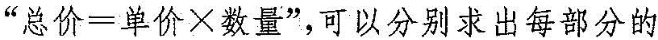
"$$总价=单价\times数量$$”，可以分别求出每部分的